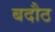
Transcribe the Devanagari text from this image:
बदौठ